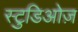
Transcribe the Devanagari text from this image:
स्टुडिओज़